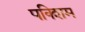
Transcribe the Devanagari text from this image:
पक्शिम